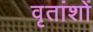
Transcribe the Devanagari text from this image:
वृतांशों